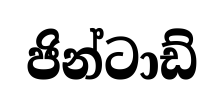
ජින්ටාඩ්